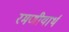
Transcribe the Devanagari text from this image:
रमणीयार्थ